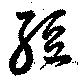
經